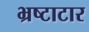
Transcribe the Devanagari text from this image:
भ्रष्टाटार